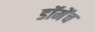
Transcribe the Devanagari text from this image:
डॉमेंच